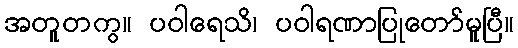
အတူတကွ။ ပဝါရေသိ၊ ပဝါရဏာပြုတော်မူပြီ။